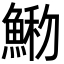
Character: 𩸢